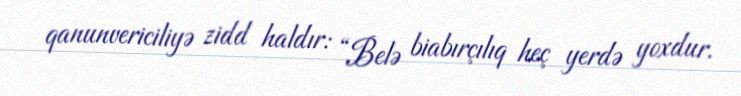
qanunvericiliyə zidd haldır: “Belə biabırçılıq heç yerdə yoxdur.